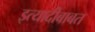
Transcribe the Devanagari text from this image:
इत्यादीबाबत